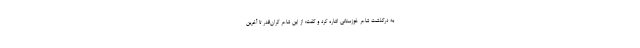
به درگذشت شاعر خوزستانی اشاره کرد و گفت: از این شاعر گران‌قدر تا آخرین